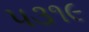
૫૩૧૯